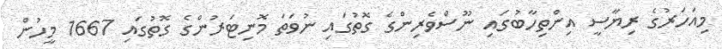
މިއަހަރުގެ ރިޔާސީ އިންތިހާބުގައި ނޫސްވެރިންގެ ގޮތުގައި ނުވަތަ މޮނިޓަރުންގެ ގޮތުގައި 1667 މީހުން